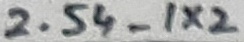
Text: 2.54_1X2